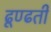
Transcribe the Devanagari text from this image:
ढूण्ढती